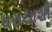
ધરાયાશી